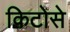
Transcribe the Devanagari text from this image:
किटोसे